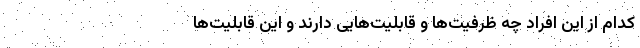
کدام از این افراد چه ظرفیت‌ها و قابلیت‌هایی دارند و این قابلیت‌ها